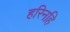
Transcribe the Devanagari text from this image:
हरिनहि